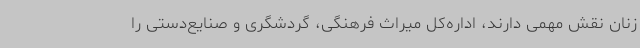
زنان نقش مهمی دارند، اداره‌کل میراث فرهنگی، گردشگری و صنایع‌دستی را